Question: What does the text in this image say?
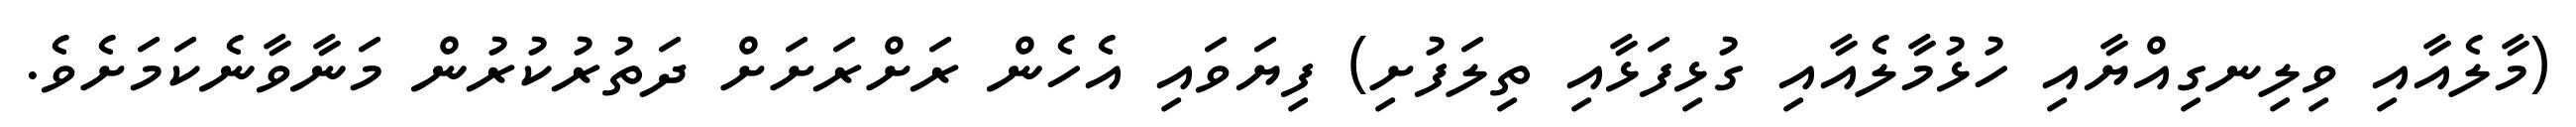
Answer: (މާލެއާއި ވިލިނގިއްޔާއި ހުޅުމާލެއާއި ގުޅިފަޅާއި ތިލަފުށި) ފިޔަވައި އެހެން ރަށްރަށަށް ދަތުރުކުރުން މަނާވާނެކަމަށެވެ.